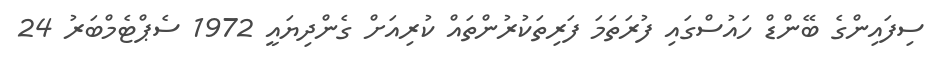
ސިފައިންގެ ބޭންޑް ހައުސްގައި ފުރަތަމަ ފަރިތަކުރުންތައް ކުރިއަށް ގެންދިޔައީ 1972 ސެޕްޓެމްބަރު 24